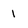
Character: 1